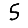
Digit: 5